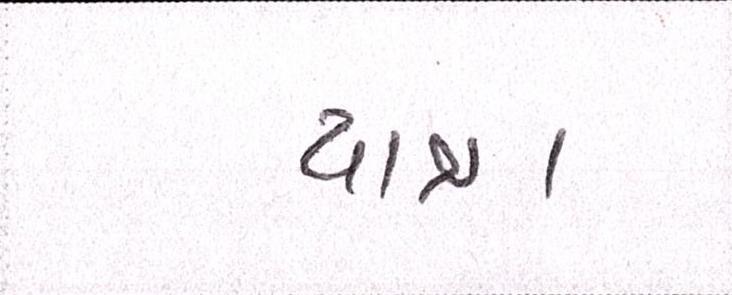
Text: યાત્રા